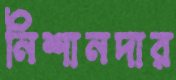
নিশানদার